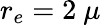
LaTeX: r_{e}=2~\mu